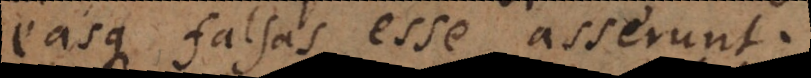
easque falsas esse asserunt.